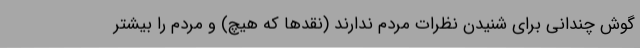
گوش چندانی برای شنیدن نظرات مردم ندارند (نقدها که هیچ) و مردم را بیشتر